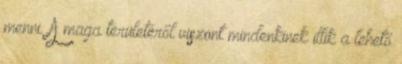
menni. A maga területéről viszont mindenkinek illik a lehető